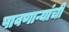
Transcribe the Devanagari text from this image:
पावणाऱ्यांची